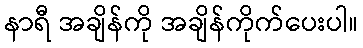
နာရီ အချိန်ကို အချိန်ကိုက်ပေးပါ။